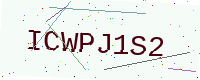
Text: ICWPJ1S2